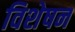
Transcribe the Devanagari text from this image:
विशेषन